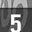
Digit: 5